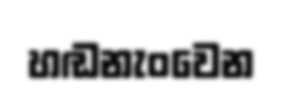
හඬනැංවෙන